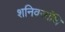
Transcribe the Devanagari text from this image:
शनिवर्सांथि